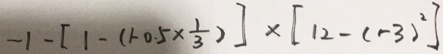
- 1 - [ 1 - ( 1 - 0 . 5 \times \frac { 1 } { 3 } ) ] \times [ 1 2 - ( - 3 ) ^ { 2 } ]